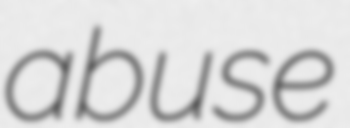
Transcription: abuse